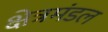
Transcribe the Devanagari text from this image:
क्षेत्रमंडल